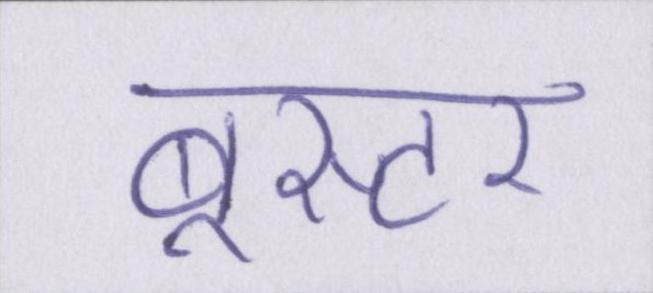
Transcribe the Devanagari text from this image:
बूस्टर